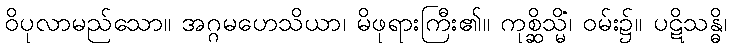
ဝိပုလာမည်သော။ အဂ္ဂမဟေသိယာ၊ မိဖုရားကြီး၏။ ကုစ္ဆိသ္မိံ၊ ဝမ်း၌။ ပဋိသန္ဓိ၊